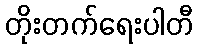
တိုးတက်ရေးပါတီ